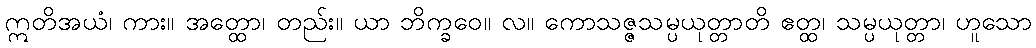
ဣတိအယံ၊ ကား။ အတ္ထော၊ တည်း။ ယာ ဘိက္ခဝေ။ လ။ ကောသဇ္ဇသမ္ပယုတ္တာတိ ဧတ္ထ၊ သမ္ပယုတ္တာ၊ ဟူသော